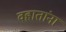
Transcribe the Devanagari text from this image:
वहातांना